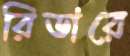
রিডারে